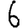
Digit: 6